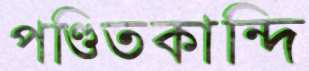
পণ্ডিতকান্দি